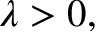
\lambda > 0 ,